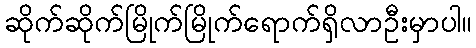
ဆိုက်ဆိုက်မြိုက်မြိုက်ရောက်ရှိလာဦးမှာပါ။